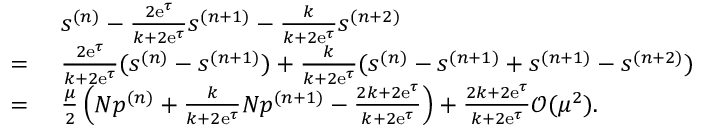
\begin{array} { r l } & { ~ s ^ { ( n ) } - \frac { 2 \mathrm { e } ^ { \tau } } { k + 2 \mathrm { e } ^ { \tau } } s ^ { ( n + 1 ) } - \frac { k } { k + 2 \mathrm { e } ^ { \tau } } s ^ { ( n + 2 ) } } \\ { = } & { ~ \frac { 2 \mathrm { e } ^ { \tau } } { k + 2 \mathrm { e } ^ { \tau } } ( s ^ { ( n ) } - s ^ { ( n + 1 ) } ) + \frac { k } { k + 2 \mathrm { e } ^ { \tau } } ( s ^ { ( n ) } - s ^ { ( n + 1 ) } + s ^ { ( n + 1 ) } - s ^ { ( n + 2 ) } ) } \\ { = } & { ~ \frac { \mu } { 2 } \left( N p ^ { ( n ) } + \frac { k } { k + 2 \mathrm { e } ^ { \tau } } N p ^ { ( n + 1 ) } - \frac { 2 k + 2 \mathrm { e } ^ { \tau } } { k + 2 \mathrm { e } ^ { \tau } } \right) + \frac { 2 k + 2 \mathrm { e } ^ { \tau } } { k + 2 \mathrm { e } ^ { \tau } } \mathcal { O } ( \mu ^ { 2 } ) . } \end{array}